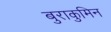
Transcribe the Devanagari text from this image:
बुराकुमिन